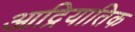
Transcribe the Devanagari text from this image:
आद्रियातिक